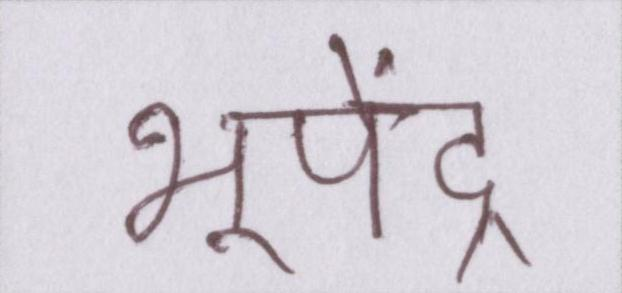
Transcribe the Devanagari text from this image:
भूपेंद्र